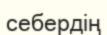
себердің